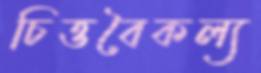
চিত্তবৈকল্য